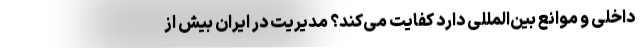
داخلی و موانع بین‌المللی دارد کفایت می‌کند؟ مدیریت در ایران بیش از